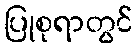
ပြုစုရာတွင်